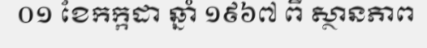
០១ ខែកក្កដា ឆ្នាំ ១៩៦៧ ពី ស្ថានភាព